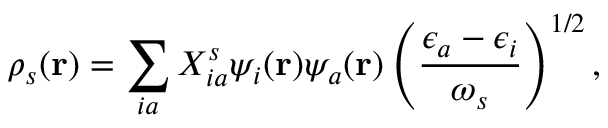
\rho _ { s } ( \mathbf { r } ) = \sum _ { i a } X _ { i a } ^ { s } \psi _ { i } ( \mathbf { r } ) \psi _ { a } ( \mathbf { r } ) \left( \frac { \epsilon _ { a } - \epsilon _ { i } } { \omega _ { s } } \right) ^ { 1 / 2 } ,